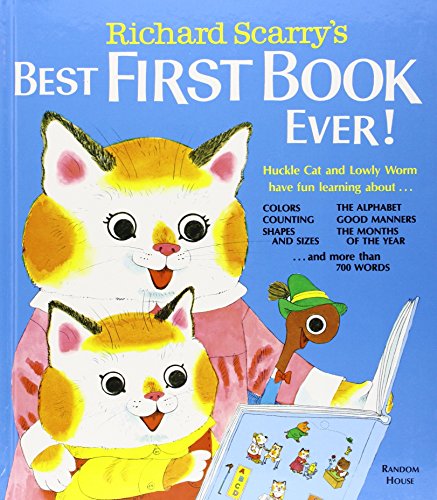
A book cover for Richard Scarry's Best First Book Ever! (Richard Scarry's Best Books Ever!); Richard Scarry; Children's Books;